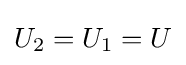
U_{2}=U_{1}=U